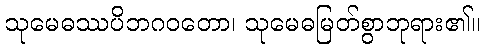
သုမေဓဿပိဘဂဝတော၊ သုမေဓမြတ်စွာဘုရား၏။